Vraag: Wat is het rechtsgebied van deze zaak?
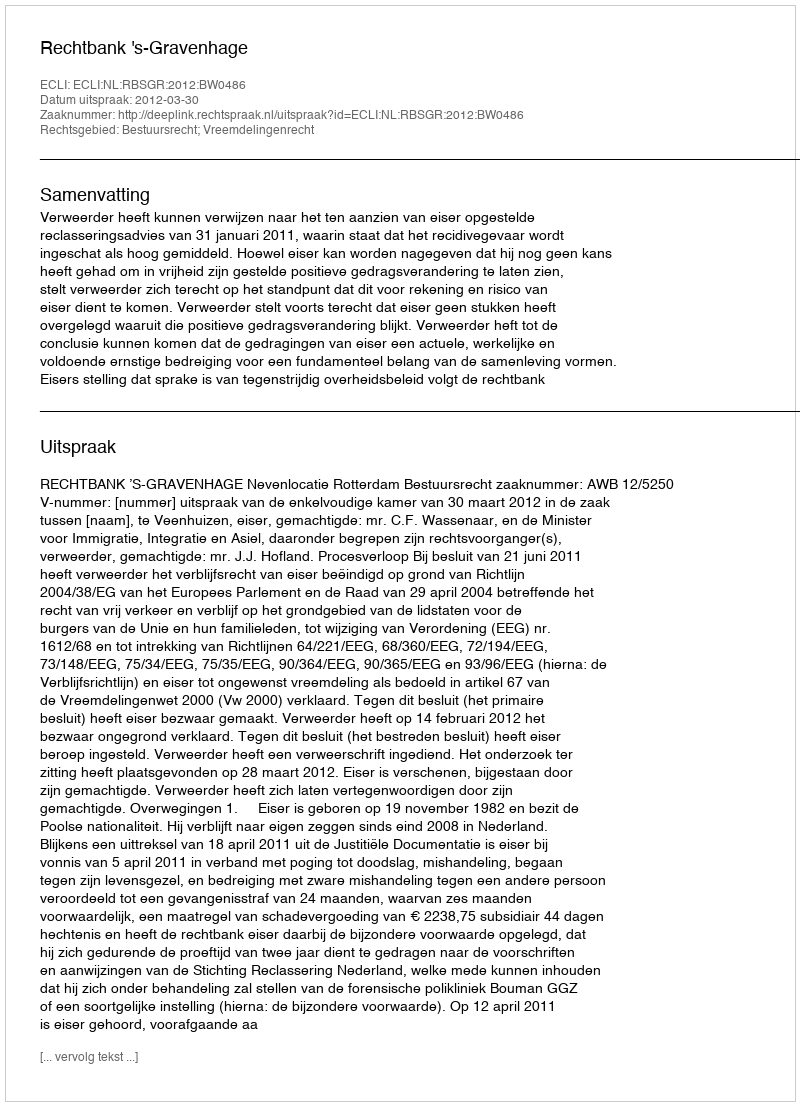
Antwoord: Bestuursrecht; Vreemdelingenrecht